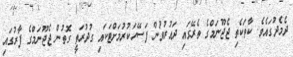
ދެމެދުގައެވެ. ކާތަކެތި ޖެޖޫނަމްގެ ތެރޭގައި ދައުރުވުން ފަސޭހަކުރުމަށްޓަކައި ގުދުރަތީ ގޮތުން ޖެޖޫނަމްގެ ފާރުގައި